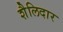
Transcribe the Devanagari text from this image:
शैलिदार